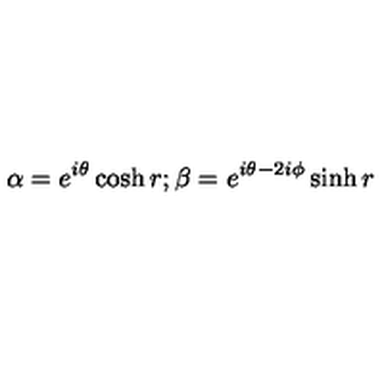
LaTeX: \alpha = e ^ { i \theta } \cosh r ; \beta = e ^ { i \theta - 2 i \phi } \sinh r